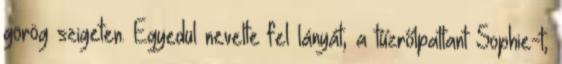
görög szigeten. Egyedül nevelte fel lányát, a tűzrőlpattant Sophie-t,